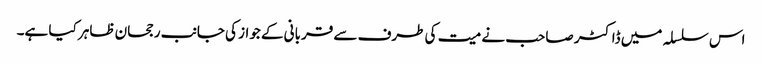
اس سلسلہ میں ڈاکٹر صاحب نے میت کی طرف سے قربانی کے جواز کی جانب رجحان ظاہر کیا ہے۔